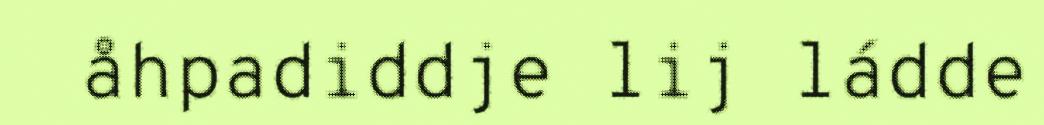
åhpadiddje lij ládde